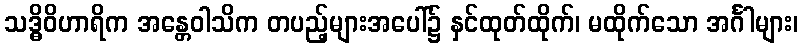
သဒ္ဓိဝိဟာရိက အန္တေဝါသိက တပည့်များအပေါ်၌ နှင်ထုတ်ထိုက်၊ မထိုက်သော အင်္ဂါများ၊